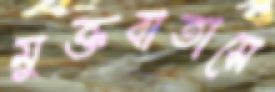
মুক্তবাতাসে